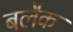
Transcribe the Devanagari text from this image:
बलैक